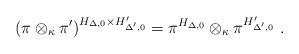
LaTeX: \begin{align*}(\pi\otimes_\kappa \pi')^{H_{\Delta,0}\times H'_{\Delta',0}}=\pi^{H_{\Delta,0}}\otimes_\kappa\pi^{H'_{\Delta',0}}\ . \end{align*}